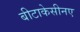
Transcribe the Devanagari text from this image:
बीटाकेसीनए